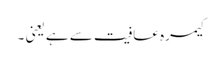
کیمرہ عافیت سے ہے یعنی ۔